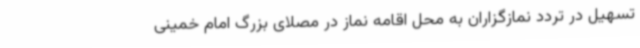
تسهیل در تردد نمازگزاران به محل اقامه نماز در مصلای بزرگ امام خمینی